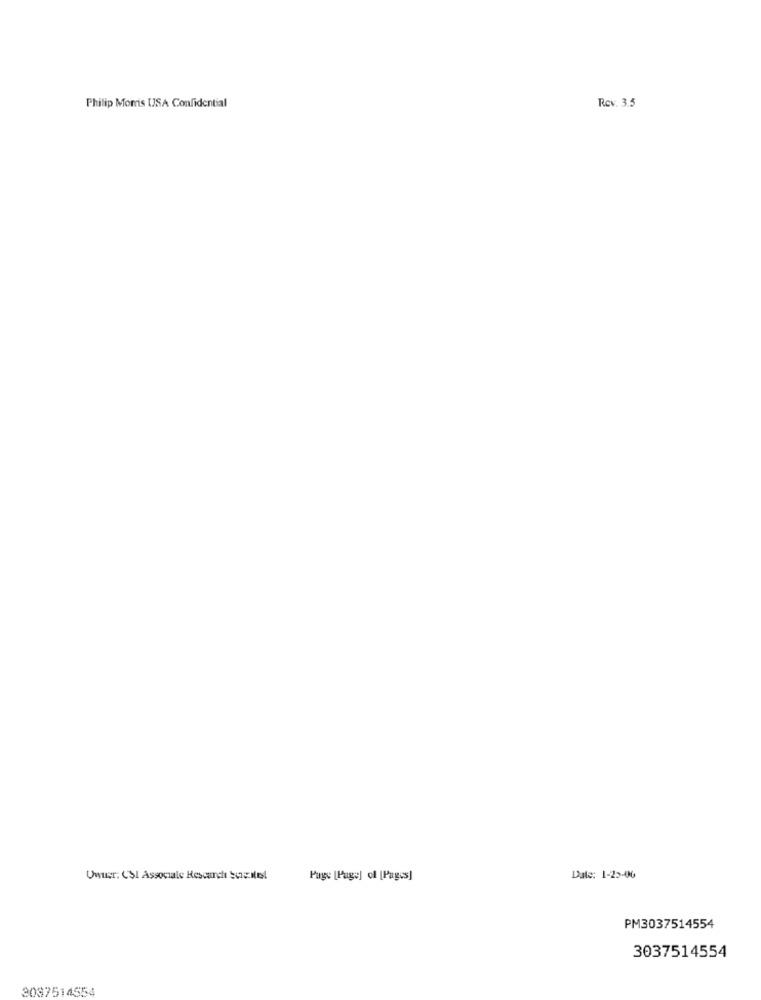
Philip Morris USA Confidential
Rev. 3.5
Unter: (31 Associale Research Sugitel
Page [Page] of [Pages]
Date: 1-23-00
PM3037514554
3037514554
3087514554